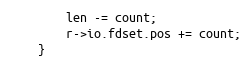
Language: C
        len -= count;
        r->io.fdset.pos += count;
    }